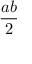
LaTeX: \frac { a b } { 2 }